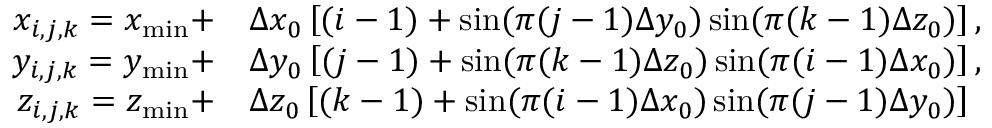
\begin{array} { r l } { x _ { i , j , k } = x _ { \operatorname* { m i n } } + } & { \Delta x _ { 0 } \left[ ( i - 1 ) + \sin ( \pi ( j - 1 ) \Delta y _ { 0 } ) \sin ( \pi ( k - 1 ) \Delta z _ { 0 } ) \right] , } \\ { y _ { i , j , k } = y _ { \operatorname* { m i n } } + } & { \Delta y _ { 0 } \left[ ( j - 1 ) + \sin ( \pi ( k - 1 ) \Delta z _ { 0 } ) \sin ( \pi ( i - 1 ) \Delta x _ { 0 } ) \right] , } \\ { z _ { i , j , k } = z _ { \operatorname* { m i n } } + } & { \Delta z _ { 0 } \left[ ( k - 1 ) + \sin ( \pi ( i - 1 ) \Delta x _ { 0 } ) \sin ( \pi ( j - 1 ) \Delta y _ { 0 } ) \right] } \end{array}